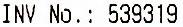
INV NO.: 539319